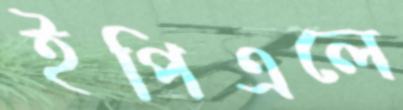
ইপিএলে